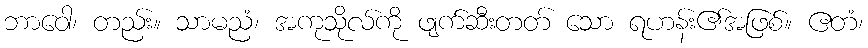
ဘာဝေါ၊ တည်း။ သာမညံ၊ အကုသိုလ်ကို ဖျက်ဆီးတတ် သော ရဟန်း၏အဖြစ်။ ဧတံ၊